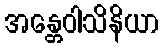
အန္တေဝါသိနိယာ